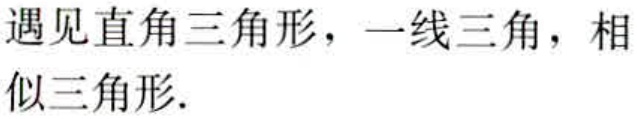
遇见直角三角形，一线三角，相似三角形.